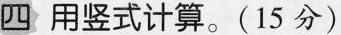
四用竖式计算。(15分)